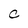
Character: O